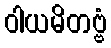
ဝါယမိတဗ္ဗံ